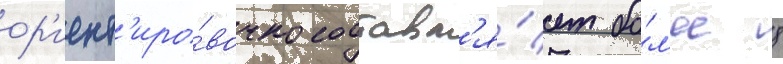
ор'иент'иро́вочно составл'я́ет бо́л'ее 8